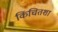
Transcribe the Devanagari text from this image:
किंचितशा